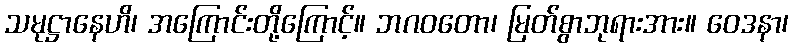
သမုဋ္ဌာနေဟိ၊ အကြောင်းတို့ကြောင့်။ ဘဂဝတော၊ မြတ်စွာဘုရားအား။ ဝေဒနာ၊